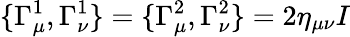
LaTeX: \{ \Gamma_{\mu}^{1},\Gamma_{\nu}^{1}\} =\{ \Gamma_{\mu}^{2},\Gamma_{\nu}^{2}\} =2\eta_{\mu\nu}I